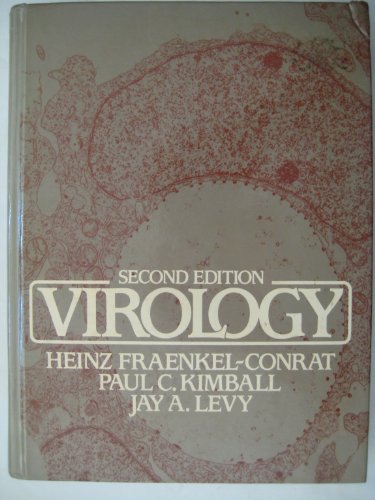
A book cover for Virology; Heinz Fraenkel-Conrat; Medical Books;